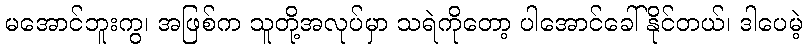
မအောင်ဘူးကွ၊ အဖြစ်က သူတို့အလုပ်မှာ သရဲကိုတော့ ပါအောင်ခေါ်နိုင်တယ်၊ ဒါပေမဲ့